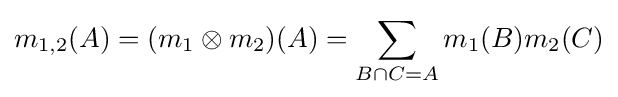
m_{1,2}(A)=(m_{1}\otimes m_{2})(A)=\sum _{B\cap C=A}m_{1}(B)m_{2}(C)\,\!